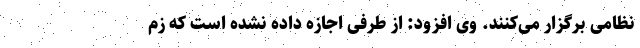
نظامی برگزار می‌کنند. وی افزود: از طرفی اجازه داده نشده است که زم